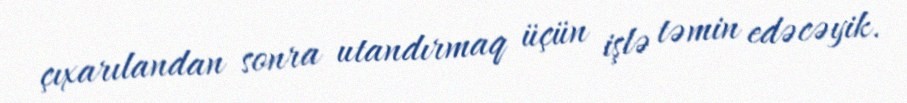
çıxarılandan sonra utandırmaq üçün işlə təmin edəcəyik.